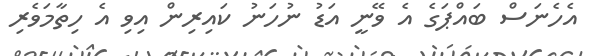
އެހެނަސް ބައްޕަގެ އެ ވޭނީ އަޑު ނުހަނު ކައިރިން އިވި އެ ހިތާމަވެރި